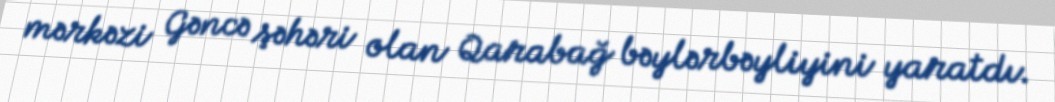
mərkəzi Gəncə şəhəri olan Qarabağ bəylərbəyliyini yaratdı.